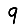
Digit: 9